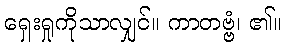
ရှေးရှုကိုသာလျှင်။ ကာတဗ္ဗံ၊ ၏။